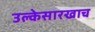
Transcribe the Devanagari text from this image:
उल्केसारखाच